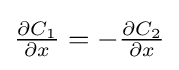
\textstyle {\frac {\partial C_{1}}{\partial x}}=-{\frac {\partial C_{2}}{\partial x}}